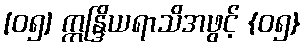
[၀၅] ဣန္ဒြိယရာသိအဖွင့် {၀၅}